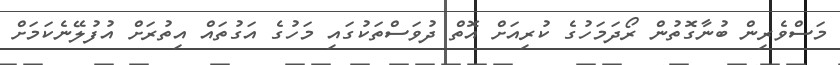
މަސްވެރިން ބުނާގޮތުން ރޯދަމަހުގެ ކުރިއަށް އޮތް ދުވަސްތަކުގައި މަހުގެ އަގުތައް އިތުރަށް އުފުލޭނެކަމަށް